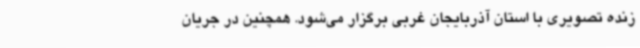
زنده تصویری با استان آذربایجان غربی برگزار می‌شود. همچنین در جریان